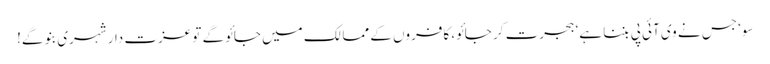
سو‘ جس نے وی آئی پی بننا ہے‘ ہجرت کر جائو، کافروں کے ممالک میں جائو گے تو عزت دار شہری بنو گے!